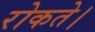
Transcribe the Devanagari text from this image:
रोकते।